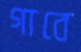
গাবে